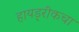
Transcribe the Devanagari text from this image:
हायड्रीकचा